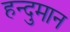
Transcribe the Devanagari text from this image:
हन्दुमान